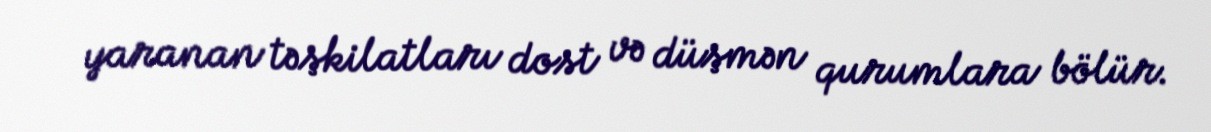
yaranan təşkilatları dost və düşmən qurumlara bölür.